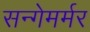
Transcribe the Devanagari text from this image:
सन्गेमर्मर